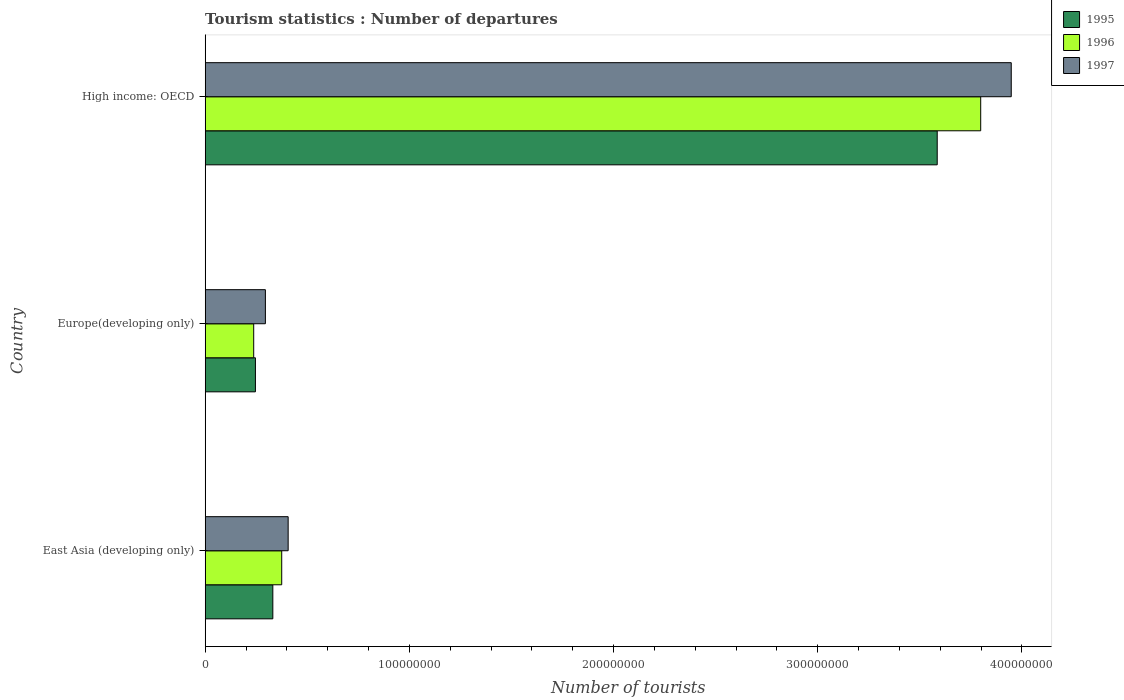
| Country | 1995 | 1996 | 1997 |
 | --- | --- | --- | --- |
 | East Asia (developing only) | 3.31e+07 | 3.75e+07 | 4.06e+07 |
 | Europe(developing only) | 2.46e+07 | 2.38e+07 | 2.95e+07 |
 | High income: OECD | 3.58e+08 | 3.8e+08 | 3.95e+08 |